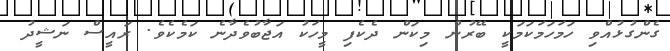
ގެންގުޅުއްވި ހަމަހަމަކަމަކީ ބޭރުން މިކަން ދެކެފި މީހަކު އަޖާބުވެދާނެ ކަމެކެވެ. ރައީސް ނަޝީދު